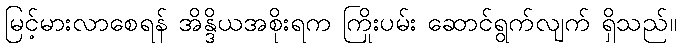
မြင့်မားလာစေရန် အိန္ဒိယအစိုးရက ကြိုးပမ်း ဆောင်ရွက်လျက် ရှိသည်။